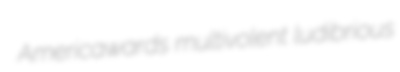
Americawards multivolent ludibrious